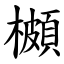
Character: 櫇